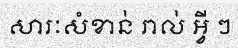
សារៈសំខាន់ រាល់ អ្វី ៗ